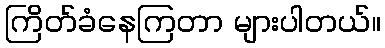
ကြိတ်ခံနေကြတာ များပါတယ်။